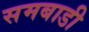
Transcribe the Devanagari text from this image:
समबाडी